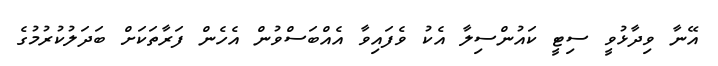
އޭނާ ވިދާޅުވީ ސިޓީ ކައުންސިލާ އެކު ވެފައިވާ އެއްބަސްވުން އެހެން ފަރާތަކަށް ބަދަލުކުރުމުގެ